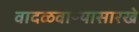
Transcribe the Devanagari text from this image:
वादळवाऱ्यासारखे